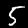
Label: 5